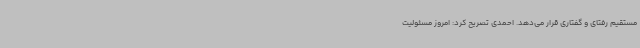
مستقیم رفتای و گفتاری قرار می‌دهد. احمدی تصریح کرد: امروز مسئولیت